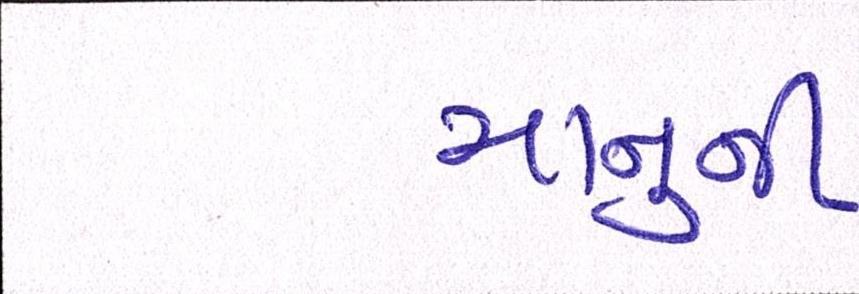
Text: માનુની